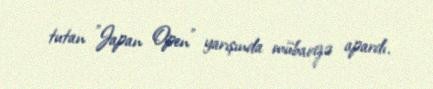
tutan "Japan Open" yarışında mübarizə apardı.